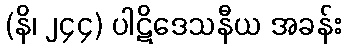
(နိ၊ ၂၄၄) ပါဋိဒေသနီယ အခန်း